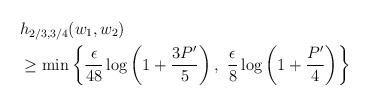
LaTeX: \begin{align*} &h_{2/3,3/4} (w_1, w_2) \\ &\geq \min \left\{ \frac{\epsilon}{48} \log \left( 1 + \frac{3 P'}{5} \right) , \right. \left. \frac{\epsilon}{8} \log \left( 1 + \frac{P'}{4} \right) \right\} \end{align*}